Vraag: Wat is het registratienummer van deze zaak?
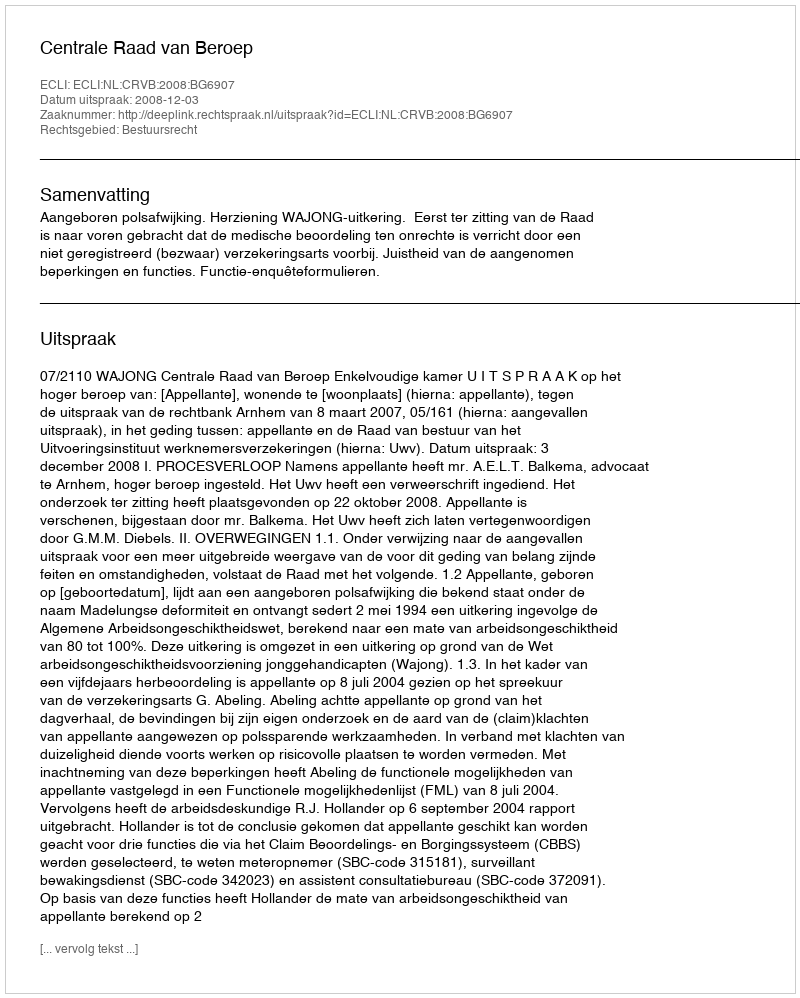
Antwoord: http://deeplink.rechtspraak.nl/uitspraak?id=ECLI:NL:CRVB:2008:BG6907